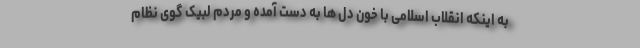
به اینکه انقلاب اسلامی با خون دل ها به دست آمده و مردم لبیک گوی نظام